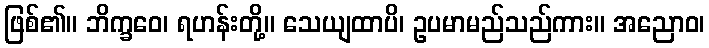
ဖြစ်၏။ ဘိက္ခဝေ၊ ရဟန်းတို့။ သေယျထာပိ၊ ဥပမာမည်သည်ကား။ အညောဝ၊